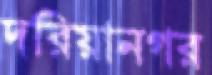
দরিয়ানগর